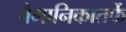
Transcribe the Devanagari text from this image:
वैमानिकातर्फे